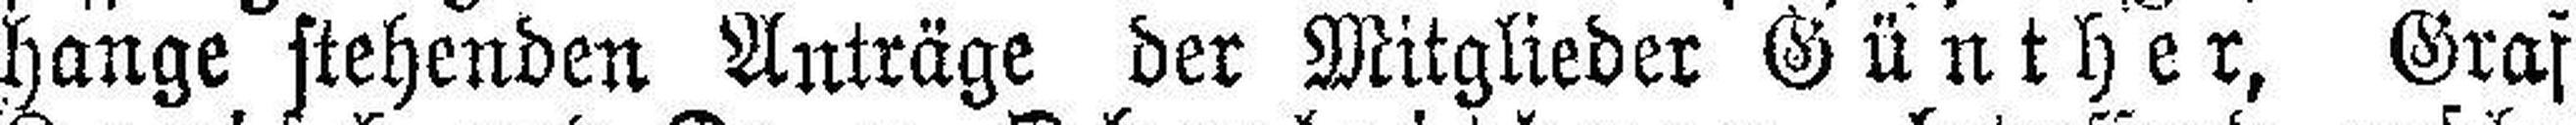
hange stehenden Anträge der Mitglieder Günther, Graf